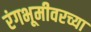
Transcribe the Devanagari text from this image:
रंगभूमीवरच्या